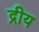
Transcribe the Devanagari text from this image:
द्रीय